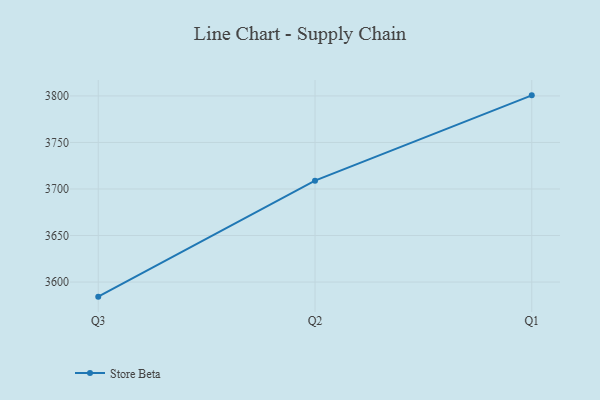
{"axis": {"x": "Quarter", "y": "Revenue (USD Million)"}, "legend": ["Store Beta"], "data": [{"x": "Q3", "y": 3584.3, "type": "Store Beta"}, {"x": "Q2", "y": 3708.9, "type": "Store Beta"}, {"x": "Q1", "y": 3800.6, "type": "Store Beta"}]}